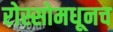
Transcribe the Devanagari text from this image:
रोस्सोमधूनच